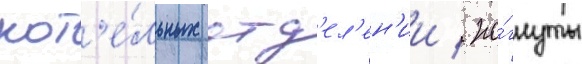
кот'е́льных отд'ел'ен'ии / по́гнуты